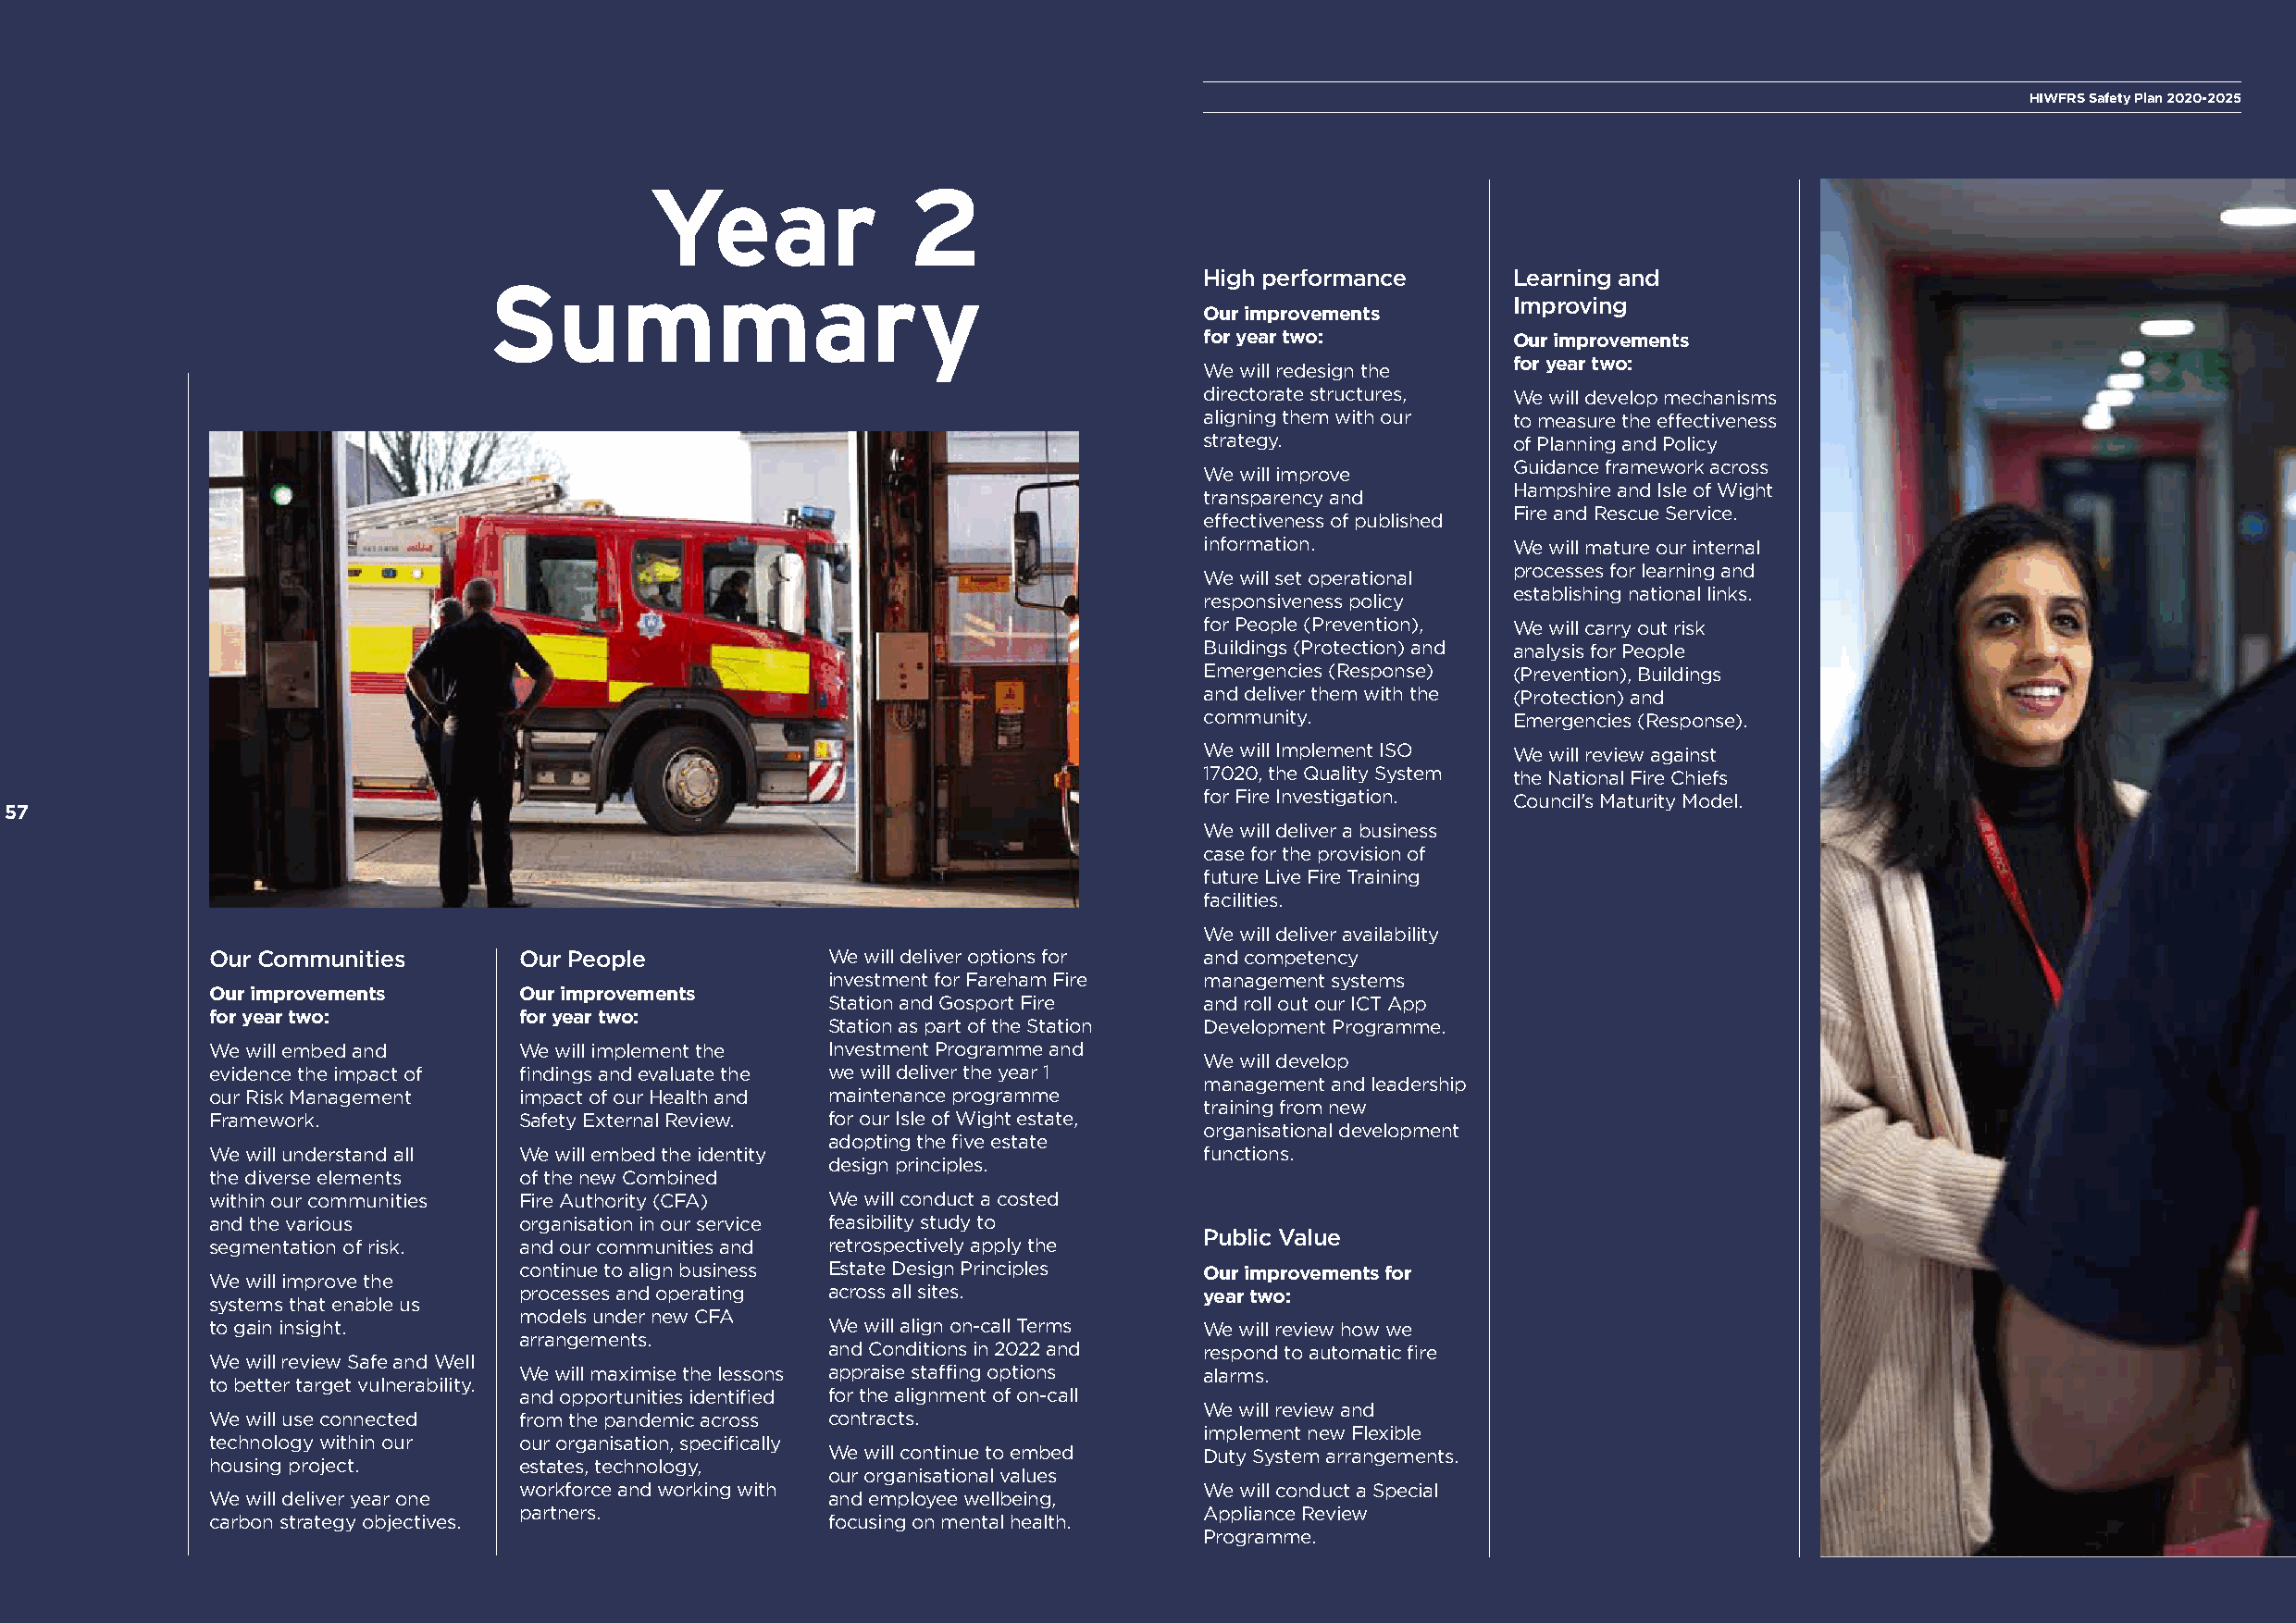
HIWFRS Safety Plan 2020-2025
 Year               2
 Summary                                            High performance      Learning and
 Improving
 Our improvements
 for year two:         Our improvements
 for year two:
 We will redesign the
 directorate structures, We will develop mechanisms
 aligning them with our to measure the effectiveness
 strategy.             of Planning and Policy
 Guidance framework across
 We will improve
 Hampshire and Isle of Wight
 transparency and
 Fire and Rescue Service.
 effectiveness of published
 information.          We will mature our internal
 processes for learning and
 We will set operational
 establishing national links.
 responsiveness policy
 for People (Prevention), We will carry out risk
 Buildings (Protection) and analysis for People
 Emergencies (Response) (Prevention), Buildings
 and deliver them with the (Protection) and
 community.            Emergencies (Response).
 We will Implement ISO We will review against
 17020, the Quality System the National Fire Chiefs
 for Fire Investigation. Council’s Maturity Model.
 57
 We will deliver a business
 case for the provision of
 future Live Fire Training
 facilities.
 We will deliver availability
 Our Communities       Our People            We will deliver options for and competency
 investment for Fareham Fire management systems
 Our improvements      Our improvements
 Station and Gosport Fire   and roll out our ICT App
 for year two:         for year two:
 Station as part of the Station Development Programme.
 We will embed and     We will implement the Investment Programme and
 We will develop
 evidence the impact of findings and evaluate the we will deliver the year 1
 management and leadership
 our Risk Management   impact of our Health and maintenance programme
 training from new
 Framework.            Safety External Review. for our Isle of Wight estate,
 organisational development
 adopting the five estate
 We will understand all We will embed the identity                      functions.
 design principles.
 the diverse elements  of the new Combined
 within our communities Fire Authority (CFA) We will conduct a costed
 and the various       organisation in our service feasibility study to
 Public Value
 segmentation of risk. and our communities and retrospectively apply the
 continue to align business Estate Design Principles Our improvements for
 We will improve the
 processes and operating across all sites.        year two:
 systems that enable us
 models under new CFA
 to gain insight.                            We will align on-call Terms We will review how we
 arrangements.
 and Conditions in 2022 and respond to automatic fire
 We will review Safe and Well
 We will maximise the lessons appraise staffing options alarms.
 to better target vulnerability.
 and opportunities identified for the alignment of on-call
 We will review and
 We will use connected from the pandemic across contracts.
 implement new Flexible
 technology within our our organisation, specifically
 We will continue to embed  Duty System arrangements.
 housing project.      estates, technology,
 our organisational values
 workforce and working with                       We will conduct a Special
 We will deliver year one                    and employee wellbeing,
 partners.                                        Appliance Review
 carbon strategy objectives.                 focusing on mental health.
 Programme.